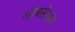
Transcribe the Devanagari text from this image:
ओबसेशन